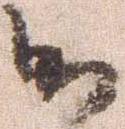
御